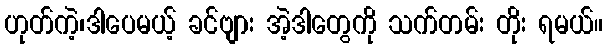
ဟုတ်ကဲ့၊ဒါပေမယ့် ခင်ဗျား အဲ့ဒါတွေကို သက်တမ်း တိုး ရမယ်။